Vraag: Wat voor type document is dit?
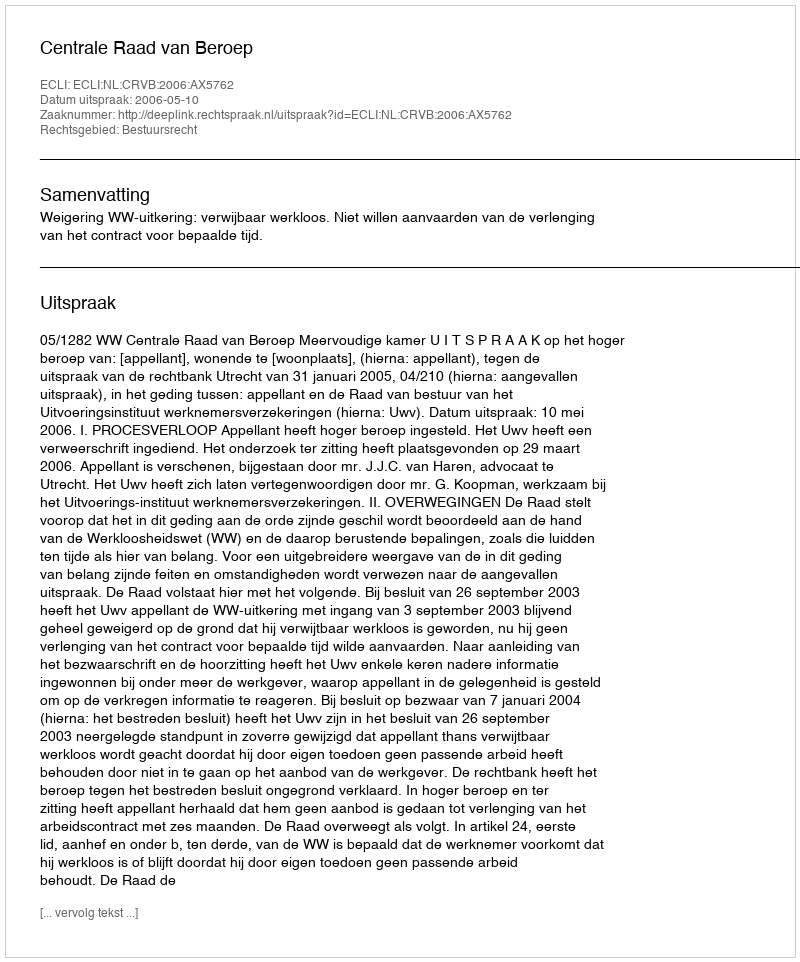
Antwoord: Uitspraak